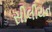
સીલીયન